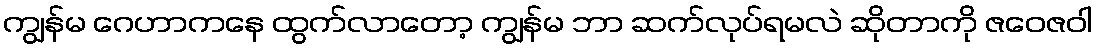
ကျွန်မ ဂေဟာကနေ ထွက်လာတော့ ကျွန်မ ဘာ ဆက်လုပ်ရမလဲ ဆိုတာကို ဇဝေဇဝါ